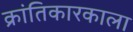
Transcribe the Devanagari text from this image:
क्रांतिकारकाला